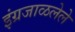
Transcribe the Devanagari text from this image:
इंग्रजाळलेले